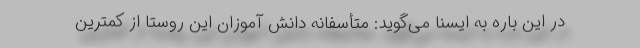
در این باره به ایسنا می‌گوید: متأسفانه دانش آموزان این روستا از کمترین